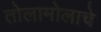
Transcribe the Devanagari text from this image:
तोलामोलाचे